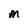
Character: M